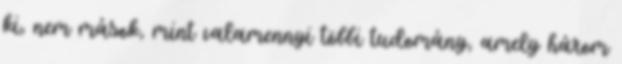
ki, nem mások, mint valamennyi többi tudomány, amely három